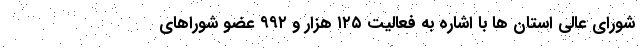
شورای عالی استان ها با اشاره به فعالیت ۱۲۵ هزار و ۹۹۲ عضو شوراهای